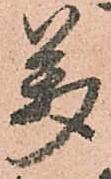
萬